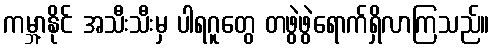
ကမ္ဘာ့နိုင် အသီးသီးမှ ပါရဂူတွေ တဖွဲဖွဲရောက်ရှိလာကြသည်။